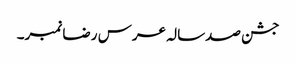
جشن صدسالہ عرس رضا نمبر۔